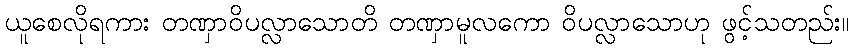
ယူစေလိုရကား တဏှာဝိပလ္လာသောတိ တဏှာမူလကော ဝိပလ္လာသောဟု ဖွင့်သတည်း။